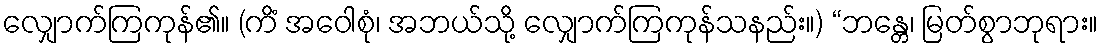
လျှောက်ကြကုန်၏။ (ကိံ အဝေါစုံ၊ အဘယ်သို့ လျှောက်ကြကုန်သနည်း။) “ဘန္တေ၊ မြတ်စွာဘုရား။